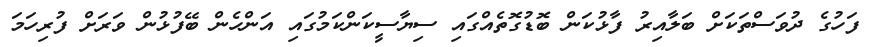
ފަހުގެ ދުވަސްތަކަށް ބަލާއިރު ފާޅުކަން ބޮޑުގޮތެއްގައި ސިޔާސީކަންކަމުގައި އަންހެން ބޭފުޅުން ވަރަށް ފުރިހަމަ